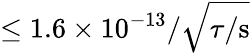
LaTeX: \leq 1.6\times 10^{-13}/\sqrt{\tau/\mathrm{s}}